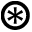
\circledast